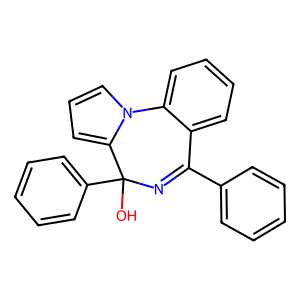
SMILES: OC1(c2ccccc2)N=C(c2ccccc2)c2ccccc2-n2cccc21
Inhibits HIV replication: No